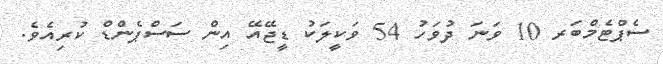
ސެޕްޓެމްބަރ 10 ވަނަ ދުވަހު 54 ވަކީލަކު ޑީޖޭއޭ އިން ސަސްޕެންޑް ކުރިއެވެ.